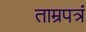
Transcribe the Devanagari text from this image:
ताम्रपत्रं